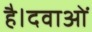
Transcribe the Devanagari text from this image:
है।दवाओं